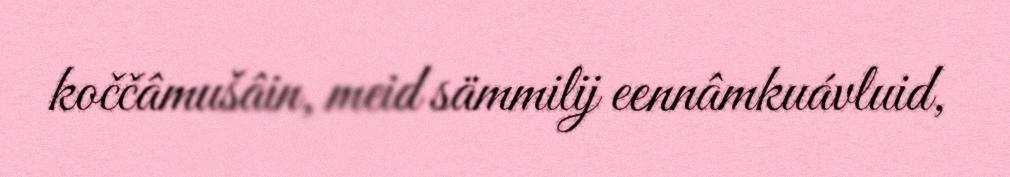
koččâmušâin, meid sämmilij eennâmkuávluid,